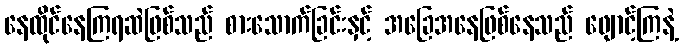
နေထိုင်နေကြရဆဲဖြစ်သည် စားသောက်ခြင်းနှင့် အခြေအနေဖြစ်နေသည် ဖျောင့်ကြနဲ့